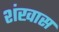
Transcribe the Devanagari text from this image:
शंखास